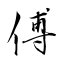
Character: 傅